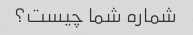
شماره شما چیست؟